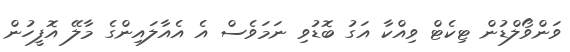
ވަންވޯލްޑުން ޓިކެޓް ވިއްކާ އަގު ބޮޑުވި ނަމަވެސް އެ އެއާލައިންގެ މާލޭ އޮފީހުން